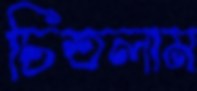
চিতলাম